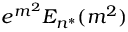
e ^ { m ^ { 2 } } E _ { n ^ { * } } ( m ^ { 2 } )